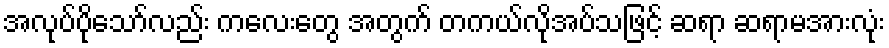
အလုပ်ပိုသော်လည်း ကလေးတွေ အတွက် တကယ်လိုအပ်သဖြင့် ဆရာ ဆရာမအားလုံး